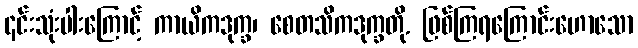
၎င်းသုံးပါးကြောင့် ကာယိကဒုက္ခ၊ စေတသိကဒုက္ခတို. ဖြစ်ကြရကြောင်းဟောသော